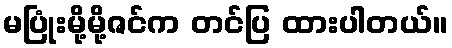
မပြုံးမို့မို့ဇင်က တင်ပြ ထားပါတယ်။